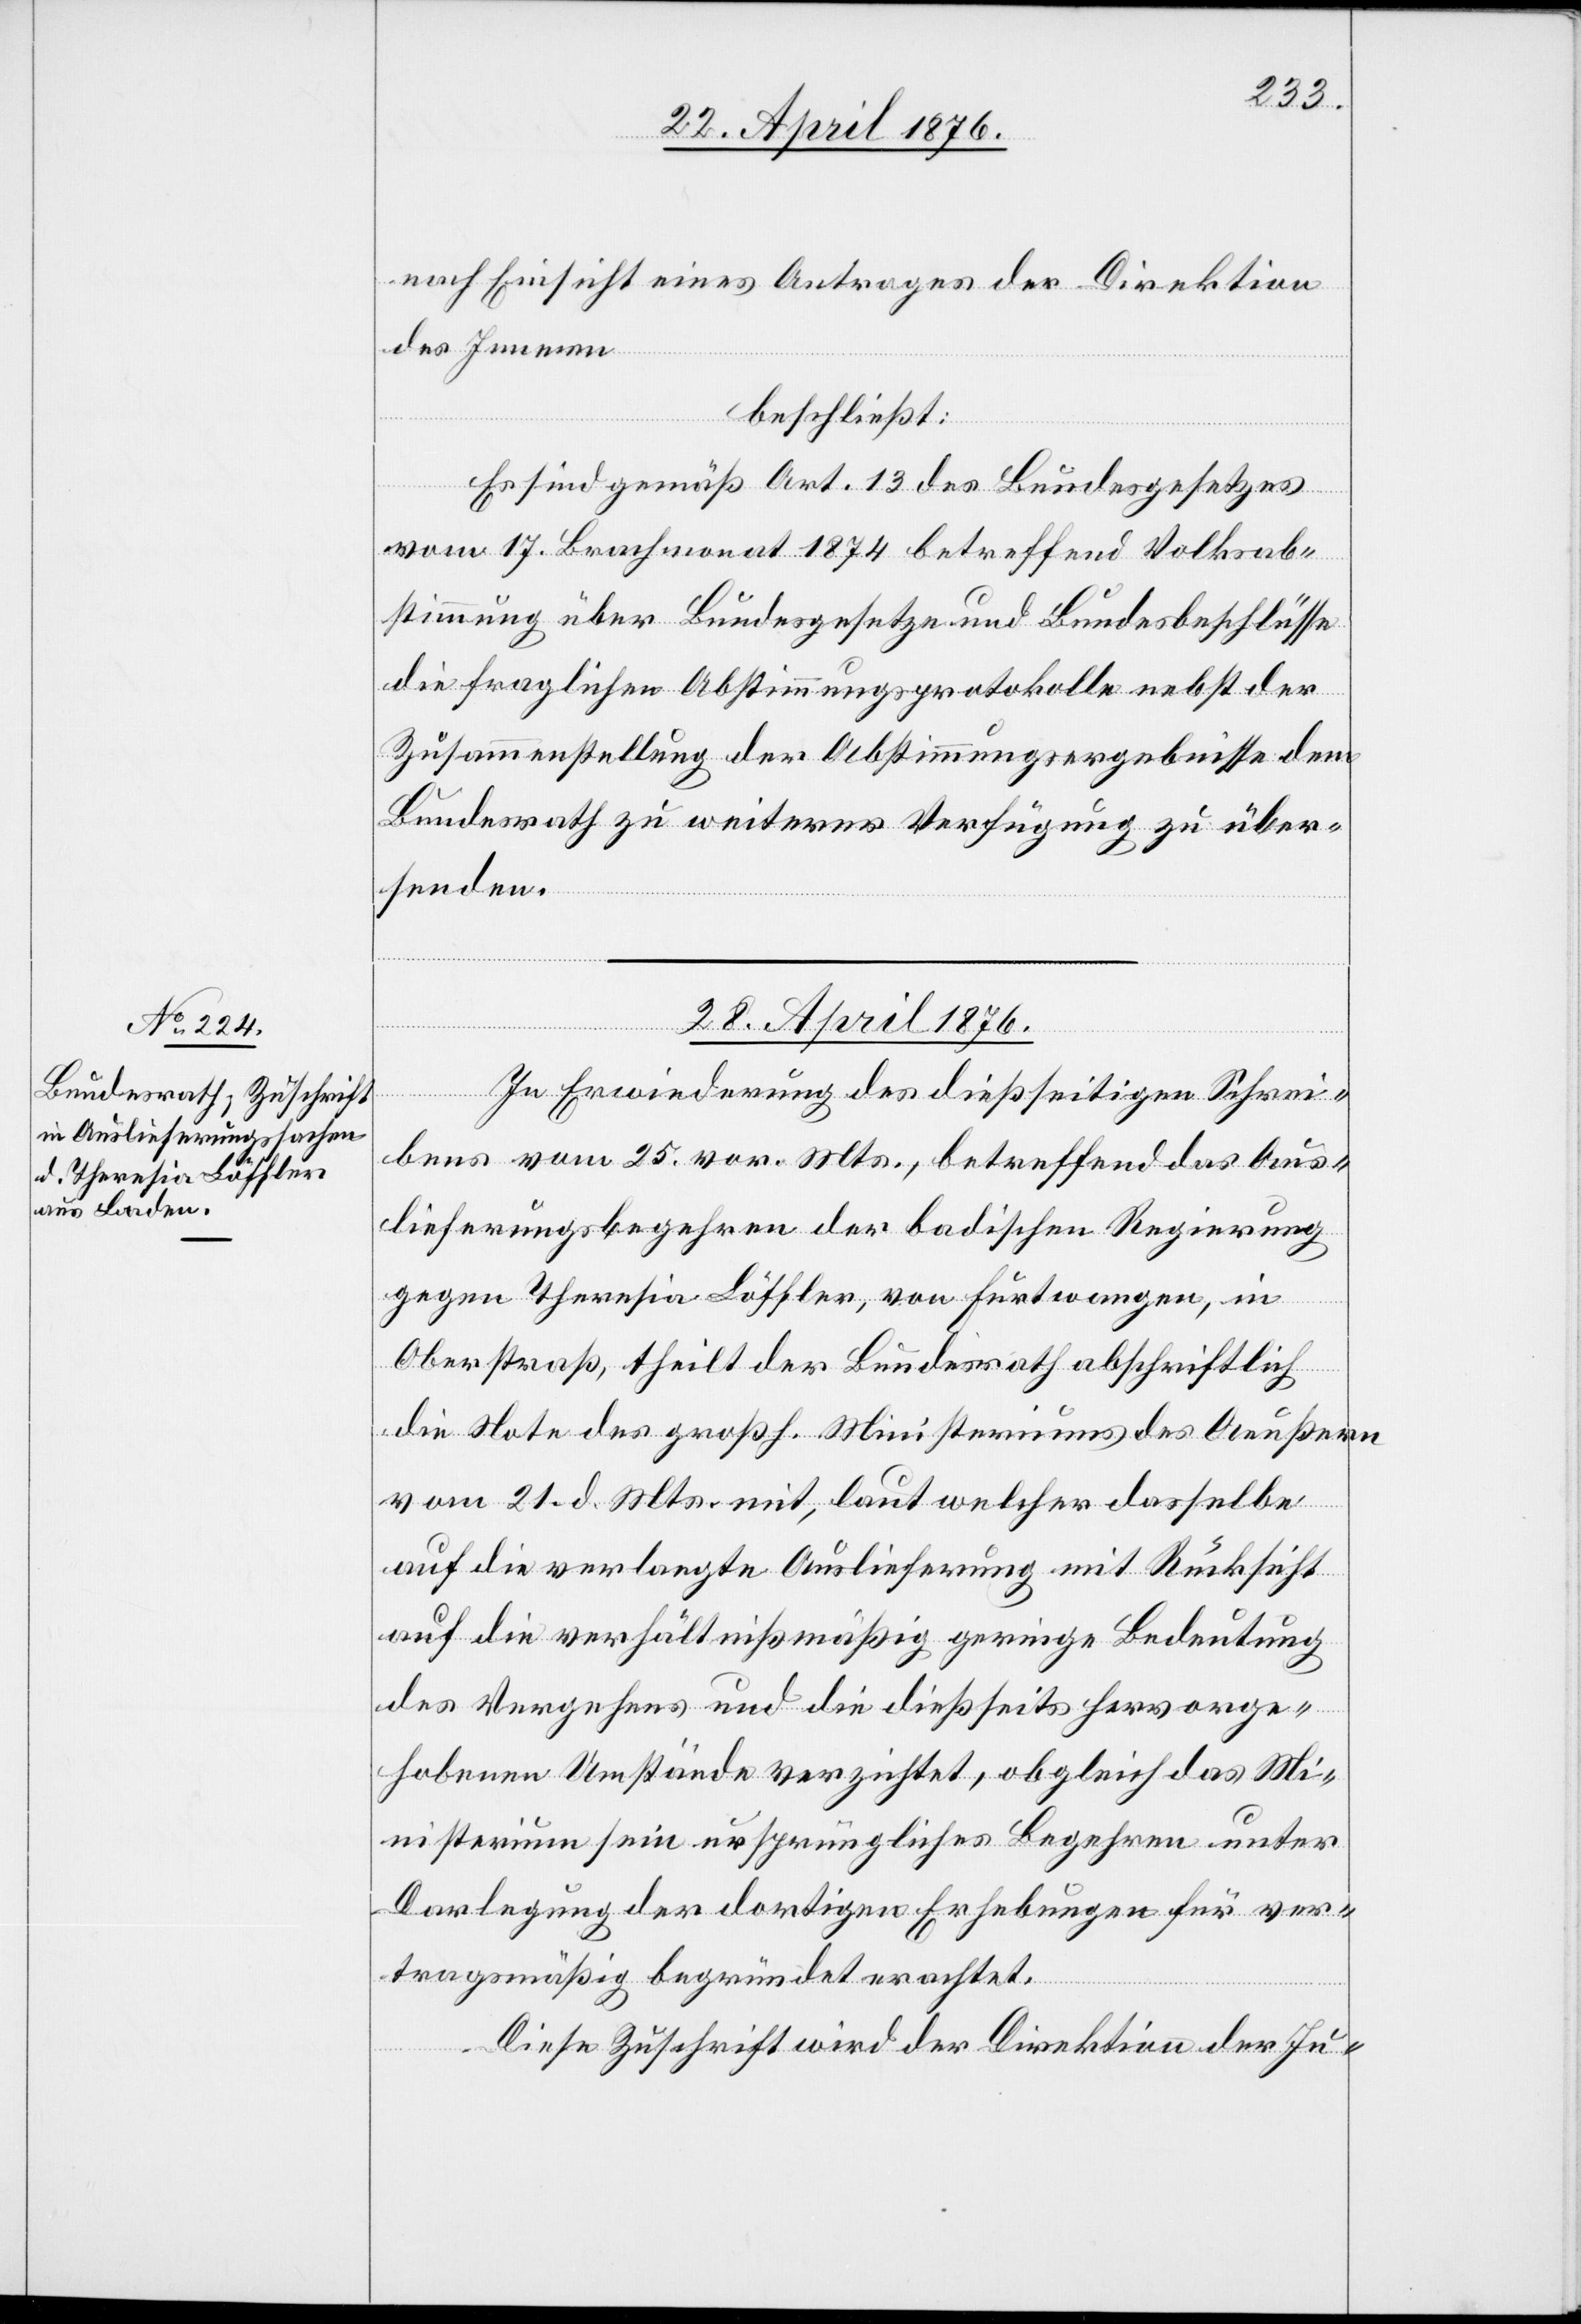
nach Einsicht eines Antrages der Direktion
des Innern
beschließt:
Es sind gemäß Art. 13 des Bundesgesetzes
vom 17. Brachmonat 1874 betreffend Volksab¬
stimmung über Bundesgesetze und Bundesbeschlüsse
die fraglichen Abstimmungsprotokolle nebst der
Zusammenstellung der Abstimmungsergebnisse dem
Bundesrath zu weiterer Verfügung zu über¬
senden.
28. April 1876.
In Erwiederung des dießseitigen Schrei¬
bens vom 25. vor. Mts., betreffend das Aus¬
lieferungsbegehren der badischen Regierung
gegen Theresia Löffler, von Furtwangen, in
Oberstraß, theilt der Bundesrath abschriftlich
die Note des großh. Ministeriums des Aeußern
vom 21. d. Mts. mit, laut welcher dasselbe
auf die verlangte Auslieferung mit Rücksicht
auf die verhältnißmäßig geringe Bedeutung
des Vergehens und die dießseits hervorge¬
hobenen Umstände verzichtet, obgleich das Mi¬
nisterium sein ursprüngliches Begehren unter
Darlegung der dortigen Erhebungen für ver¬
tragsmäßig begründet erachtet.
Diese Zuschrift wird der Direktion der Ju-